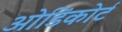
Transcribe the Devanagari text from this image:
ओडिंकोर्ट